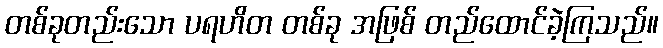
တစ်ခုတည်းသော ပရဟိတ တစ်ခု အဖြစ် တည်ထောင်ခဲ့ကြသည်။